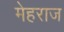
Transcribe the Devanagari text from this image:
मेहराज